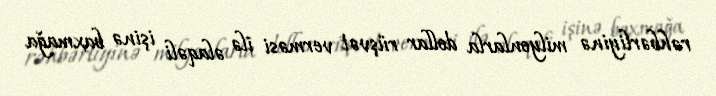
rəhbərliyinə milyonlarla dollar rüşvət verməsi ilə əlaqəli işinə baxmağa